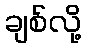
ချစ်လို့